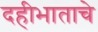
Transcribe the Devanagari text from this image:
दहीभाताचे